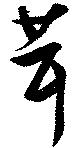
茸